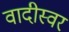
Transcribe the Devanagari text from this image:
वादीस्वर